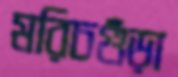
মরিচগুঁড়া